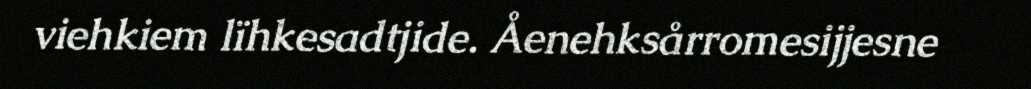
viehkiem lïhkesadtjide. Åenehksårromesijjesne